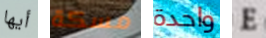
أيها مسكة واحدة E